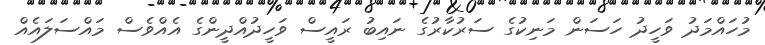
މުހައްމަދު ވަހީދު ހަސަން މަނިކުގެ ސަރުކާރުގެ ނައިބު ރައީސް ވަހީދުއްދީންގެ އެއްވެސް މައްސަލައެއް